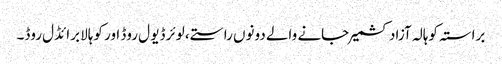
براستہ کوہالہ آزاد کشمیر جانے والے دونوں راستے، لوئر ڈیو ل روڈ اور کوہالا برائڈل روڈ۔